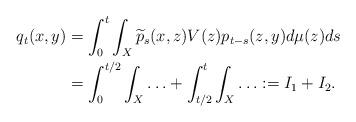
LaTeX: \begin{align*}\begin{aligned}q_{t}(x,y)&=\int_0^t\int_X \widetilde{p}_s(x,z)V(z)p_{t-s}(z,y)d\mu(z)ds\\&=\int_0^{t/2}\int_X\ldots+\int_{t/2}^t\int_X\ldots:= I_1+I_2.\end{aligned}\end{align*}